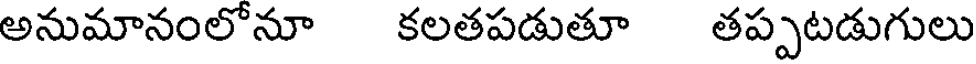
అనుమానంలోనూ కలతపడుతూ తప్పటడుగులు